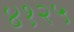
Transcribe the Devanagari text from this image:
४१२५